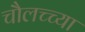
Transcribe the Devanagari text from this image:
चौलच्च्या